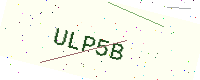
Text: ULP5B